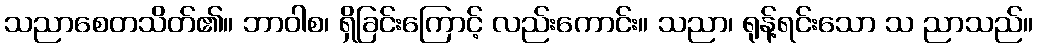
သညာစေတသိတ်၏။ ဘာဝါစ၊ ရှိခြင်းကြောင့် လည်းကောင်း။ သညာ၊ ရုန့်ရင်းသော သ ညာသည်။